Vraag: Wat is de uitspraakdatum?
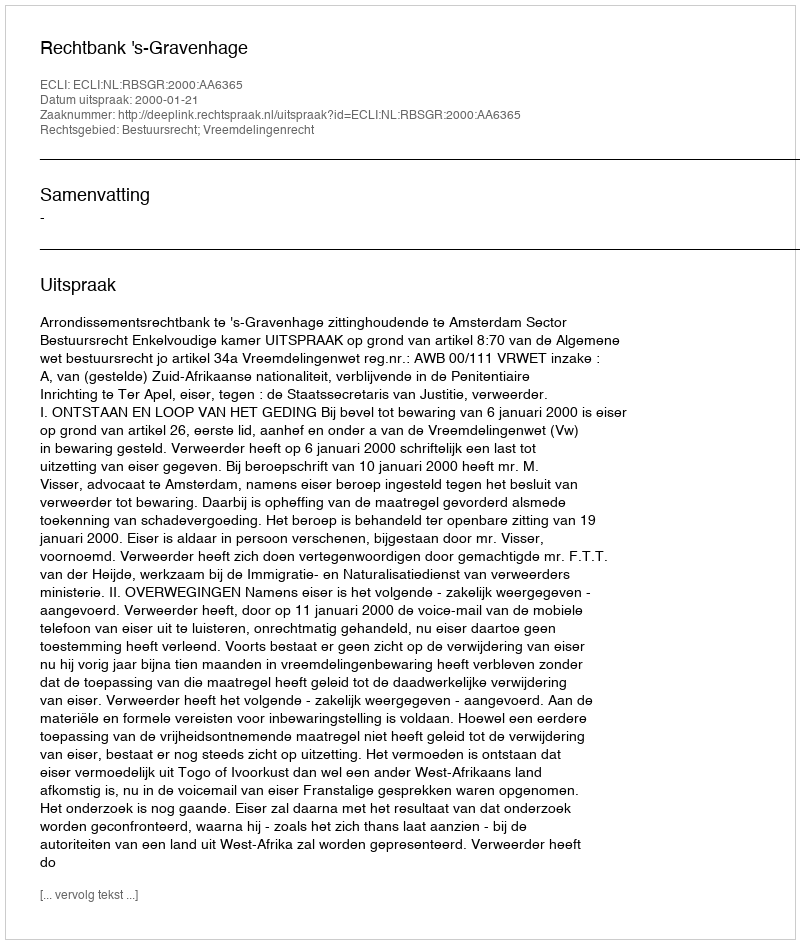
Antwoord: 2000-01-21